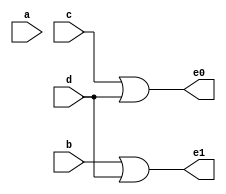
`timescale 1ns / 1ps
//////////////////////////////////////////////////////////////////////////////////
// Company: 
// Engineer: 
// 
// Design Name: 
// Module Name: four_to_two_encoder
// Project Name: 
// Target Devices: 
// Tool Versions: 
// Description: 
// 
// Dependencies: 
// 
// Revision:
// Revision 0.01 - File Created
// Additional Comments:
// 
//////////////////////////////////////////////////////////////////////////////////

module four_to_two_encoder(
    input a,
    input b,
    input c,
    input d,
    output e0,
    output e1
);

assign e0 = c | d;
assign e1 = b | d;

endmodule